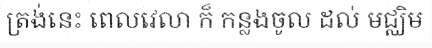
ត្រង់នេះ ពេលវេលា ក៏ កន្លងចូល ដល់ មជ្ឈិម